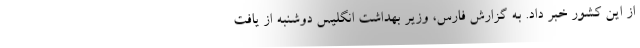
از این کشور خبر داد. به گزارش فارس، وزیر بهداشت انگلیس دوشنبه از یافت